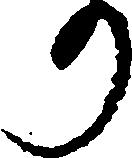
り